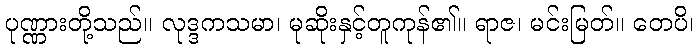
ပုဏ္ဏားတို့သည်။ လုဒ္ဒကသမာ၊ မုဆိုးနှင့်တူကုန်၏။ ရာဇ၊ မင်းမြတ်။ တေပိ၊